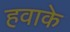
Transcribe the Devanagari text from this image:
हवाके